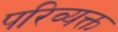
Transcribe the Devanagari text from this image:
परिव्यक्त